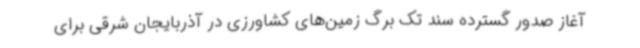
آغاز صدور گسترده سند تک برگ زمین‌های کشاورزی در آذربایجان شرقی برای